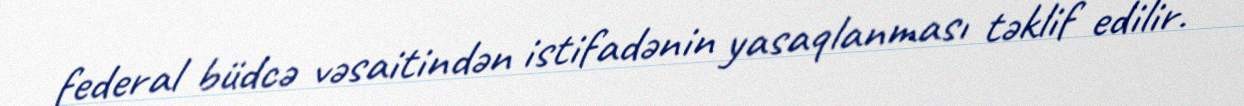
federal büdcə vəsaitindən istifadənin yasaqlanması təklif edilir.